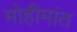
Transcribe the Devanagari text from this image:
मोहीमांत